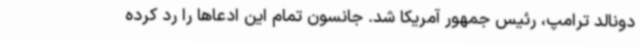
دونالد ترامپ، رئیس جمهور آمریکا شد. جانسون تمام این ادعاها را رد کرده